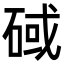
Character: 䂸